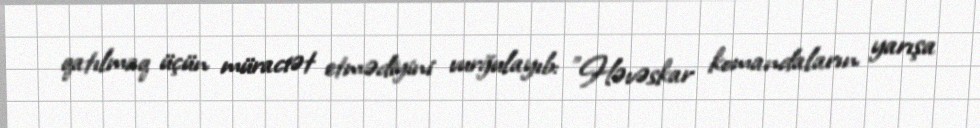
qatılmaq üçün müraciət etmədiyini vurğulayıb: "Həvəskar komandaların yarışa